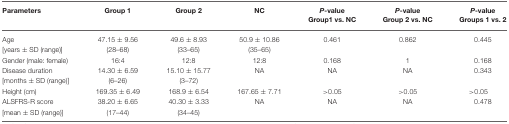
| Parameters | Group 1 | Group 2 | NC | P-value Group1 vs. NC | P-value Group 2 vs. NC | P-value Groups 1 vs. 2 |
 | --- | --- | --- | --- | --- | --- | --- |
 | Age | 47.15 ± 9.56 | 49.6 ± 8.93 | 50.9 ± 10.86 | 0.461 | 0.862 | 0.445 |
 | [years ± SD (range)] | (28–68) | (33–65) | (35–65) |
 | Gender (male: female) | 16:4 | 12:8 | 12:8 | 0.168 | 1 | 0.168 |
 | Disease duration | 14.30 ± 6.59 | 15.10 ± 15.77 | NA | NA | NA | 0.343 |
 | [months ± SD (range)] | (6–26) | (3–72) |
 | Height (cm) | 169.35 ± 6.49 | 168.9 ± 6.54 | 167.65 ± 7.71 | >0.05 | >0.05 | >0.05 |
 | ALSFRS-R score | 38.20 ± 6.65 | 40.30 ± 3.33 | NA | NA | NA | 0.478 |
 | [mean ± SD (range)] | (17–44) | (34–45) |